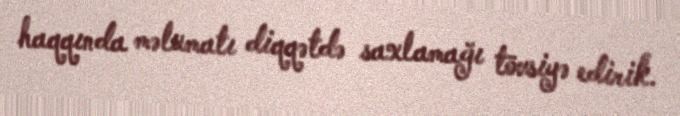
haqqında məlumatı diqqətdə saxlamağı tövsiyə edirik.